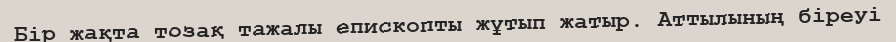
Бір жақта тозақ тажалы епископты жұтып жатыр. Аттылының біреуі